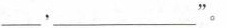
___，_______”。